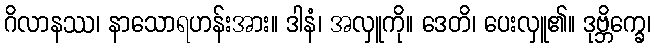
ဂိလာနဿ၊ နာသောရဟန်းအား။ ဒါနံ၊ အလှူကို။ ဒေတိ၊ ပေးလှူ၏။ ဒုဗ္ဘိက္ခေ၊